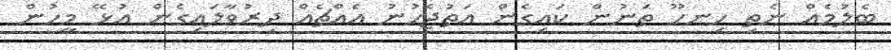
ބެލުމެއް ނެތި ހިނހޫ ތަނުން ކައިގެން އަތުޖެހުނު އެެއްޗެއް ދިރުވާލައިގެން އުޅޭ މީހުން